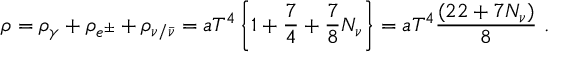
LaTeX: \rho = \rho _ { \gamma } + \rho _ { e ^ { \pm } } + \rho _ { \nu / \bar { \nu } } = a T ^ { 4 } \left\{ 1 + \frac { 7 } { 4 } + \frac { 7 } { 8 } N _ { \nu } \right\} = a T ^ { 4 } \frac { ( 2 2 + 7 N _ { \nu } ) } { 8 } ~ .